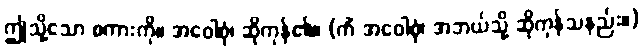
ဤသို့သော စကားကို။ အဝေါစုံ၊ ဆိုကုန်၏။ (ကိံ အဝေါစုံ၊ အဘယ်သို့ ဆိုကုန်သနည်း။)